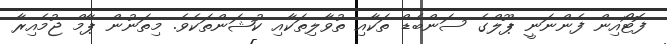
ފޮޓޯއިން ފެންނަނީ ޕޫލްގެ ސަންބެޑް ތަކާއި ތުވާލިތަކާއި ކުޝަންތަކެވެ. މިތަނުން ޕާމް ޖުމެއިރާ